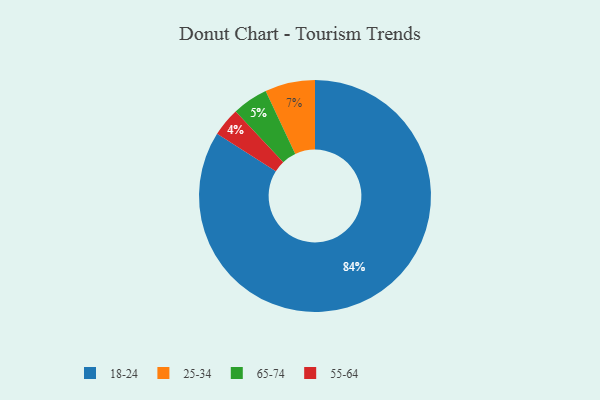
{"axis": {"x": "Category", "y": "Percentage"}, "legend": ["18-24", "25-34", "55-64", "65-74"], "data": [{"x": "65-74", "y": 5, "type": "65-74"}, {"x": "55-64", "y": 4, "type": "55-64"}, {"x": "18-24", "y": 84, "type": "18-24"}, {"x": "25-34", "y": 7, "type": "25-34"}]}